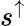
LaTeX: s^{\uparrow}